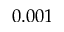
0 . 0 0 1